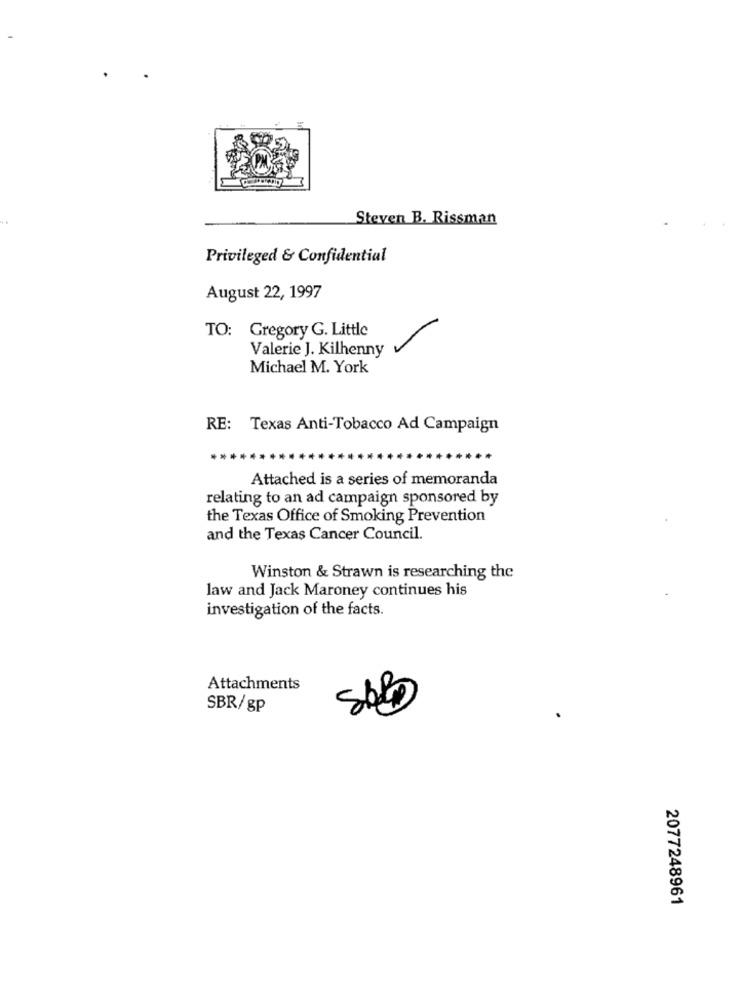
Steven B. Rissman
Privileged & Confidential
August 22, 1997
TO: Gregory G. Little
Valerie J. Kilhenny
Michael M. York
RE: Texas Anti-Tobacco Ad Campaign
Attached is a series of memoranda
relating to an ad campaign sponsored by
the Texas Office of Smoking Prevention
and the Texas Cancer Council.
Winston & Strawn is researching the
law and Jack Maroney continues his
investigation of the facts.
Attachments
SBR/gp
2077248961